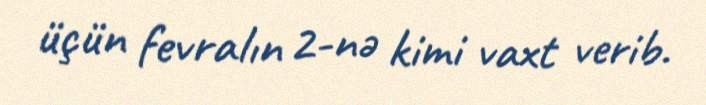
üçün fevralın 2-nə kimi vaxt verib.